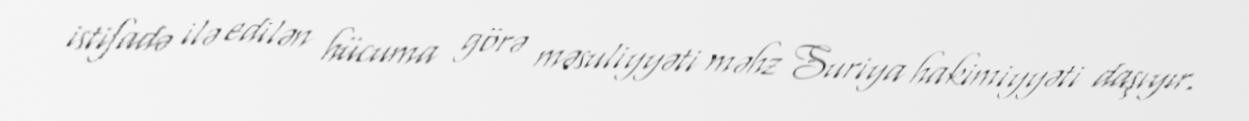
istifadə ilə edilən hücuma görə məsuliyyəti məhz Suriya hakimiyyəti daşıyır.